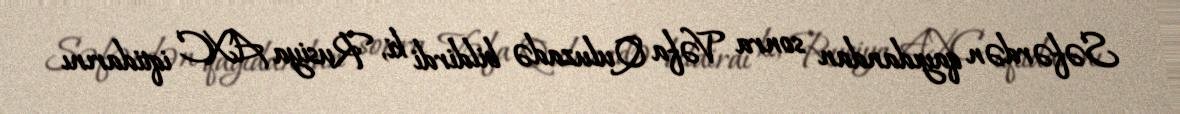
Səfərdən qayıdandan sonra Vəfa Quluzadə bildirdi ki, Rusiya AXC iqtidarını